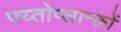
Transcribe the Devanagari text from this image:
फ्य्तोप्लान्क्तों